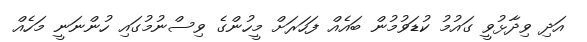
އަދި ވިދާޅުވީ ގައުމު ކުޑަވުމުން ބައެއް ފަހަރަށް މީހުންގެ ވިސްނުމުގައި ހުންނަނީ މަހެއް